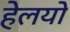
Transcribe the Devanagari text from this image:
हेलयो